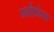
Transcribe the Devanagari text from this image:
ग्वोफंग